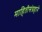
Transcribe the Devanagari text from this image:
माहितीसंग्रहाने